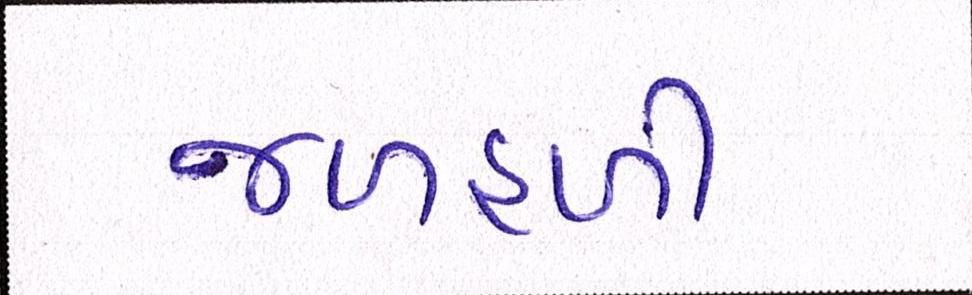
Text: જળહળી